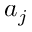
a _ { j }